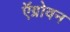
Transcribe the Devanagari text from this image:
ऍग्रोवन